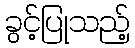
ခွင့်ပြုသည့်